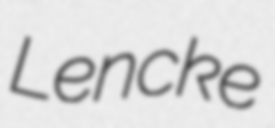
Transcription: Lencke